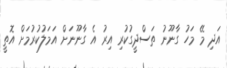
އަދި މޭ މަހު ގާނޫނު ތަސްދީގުކުރި އިރު އެ ގާނޫނަށް އަމަލުކުރުމަށް އޮތީ